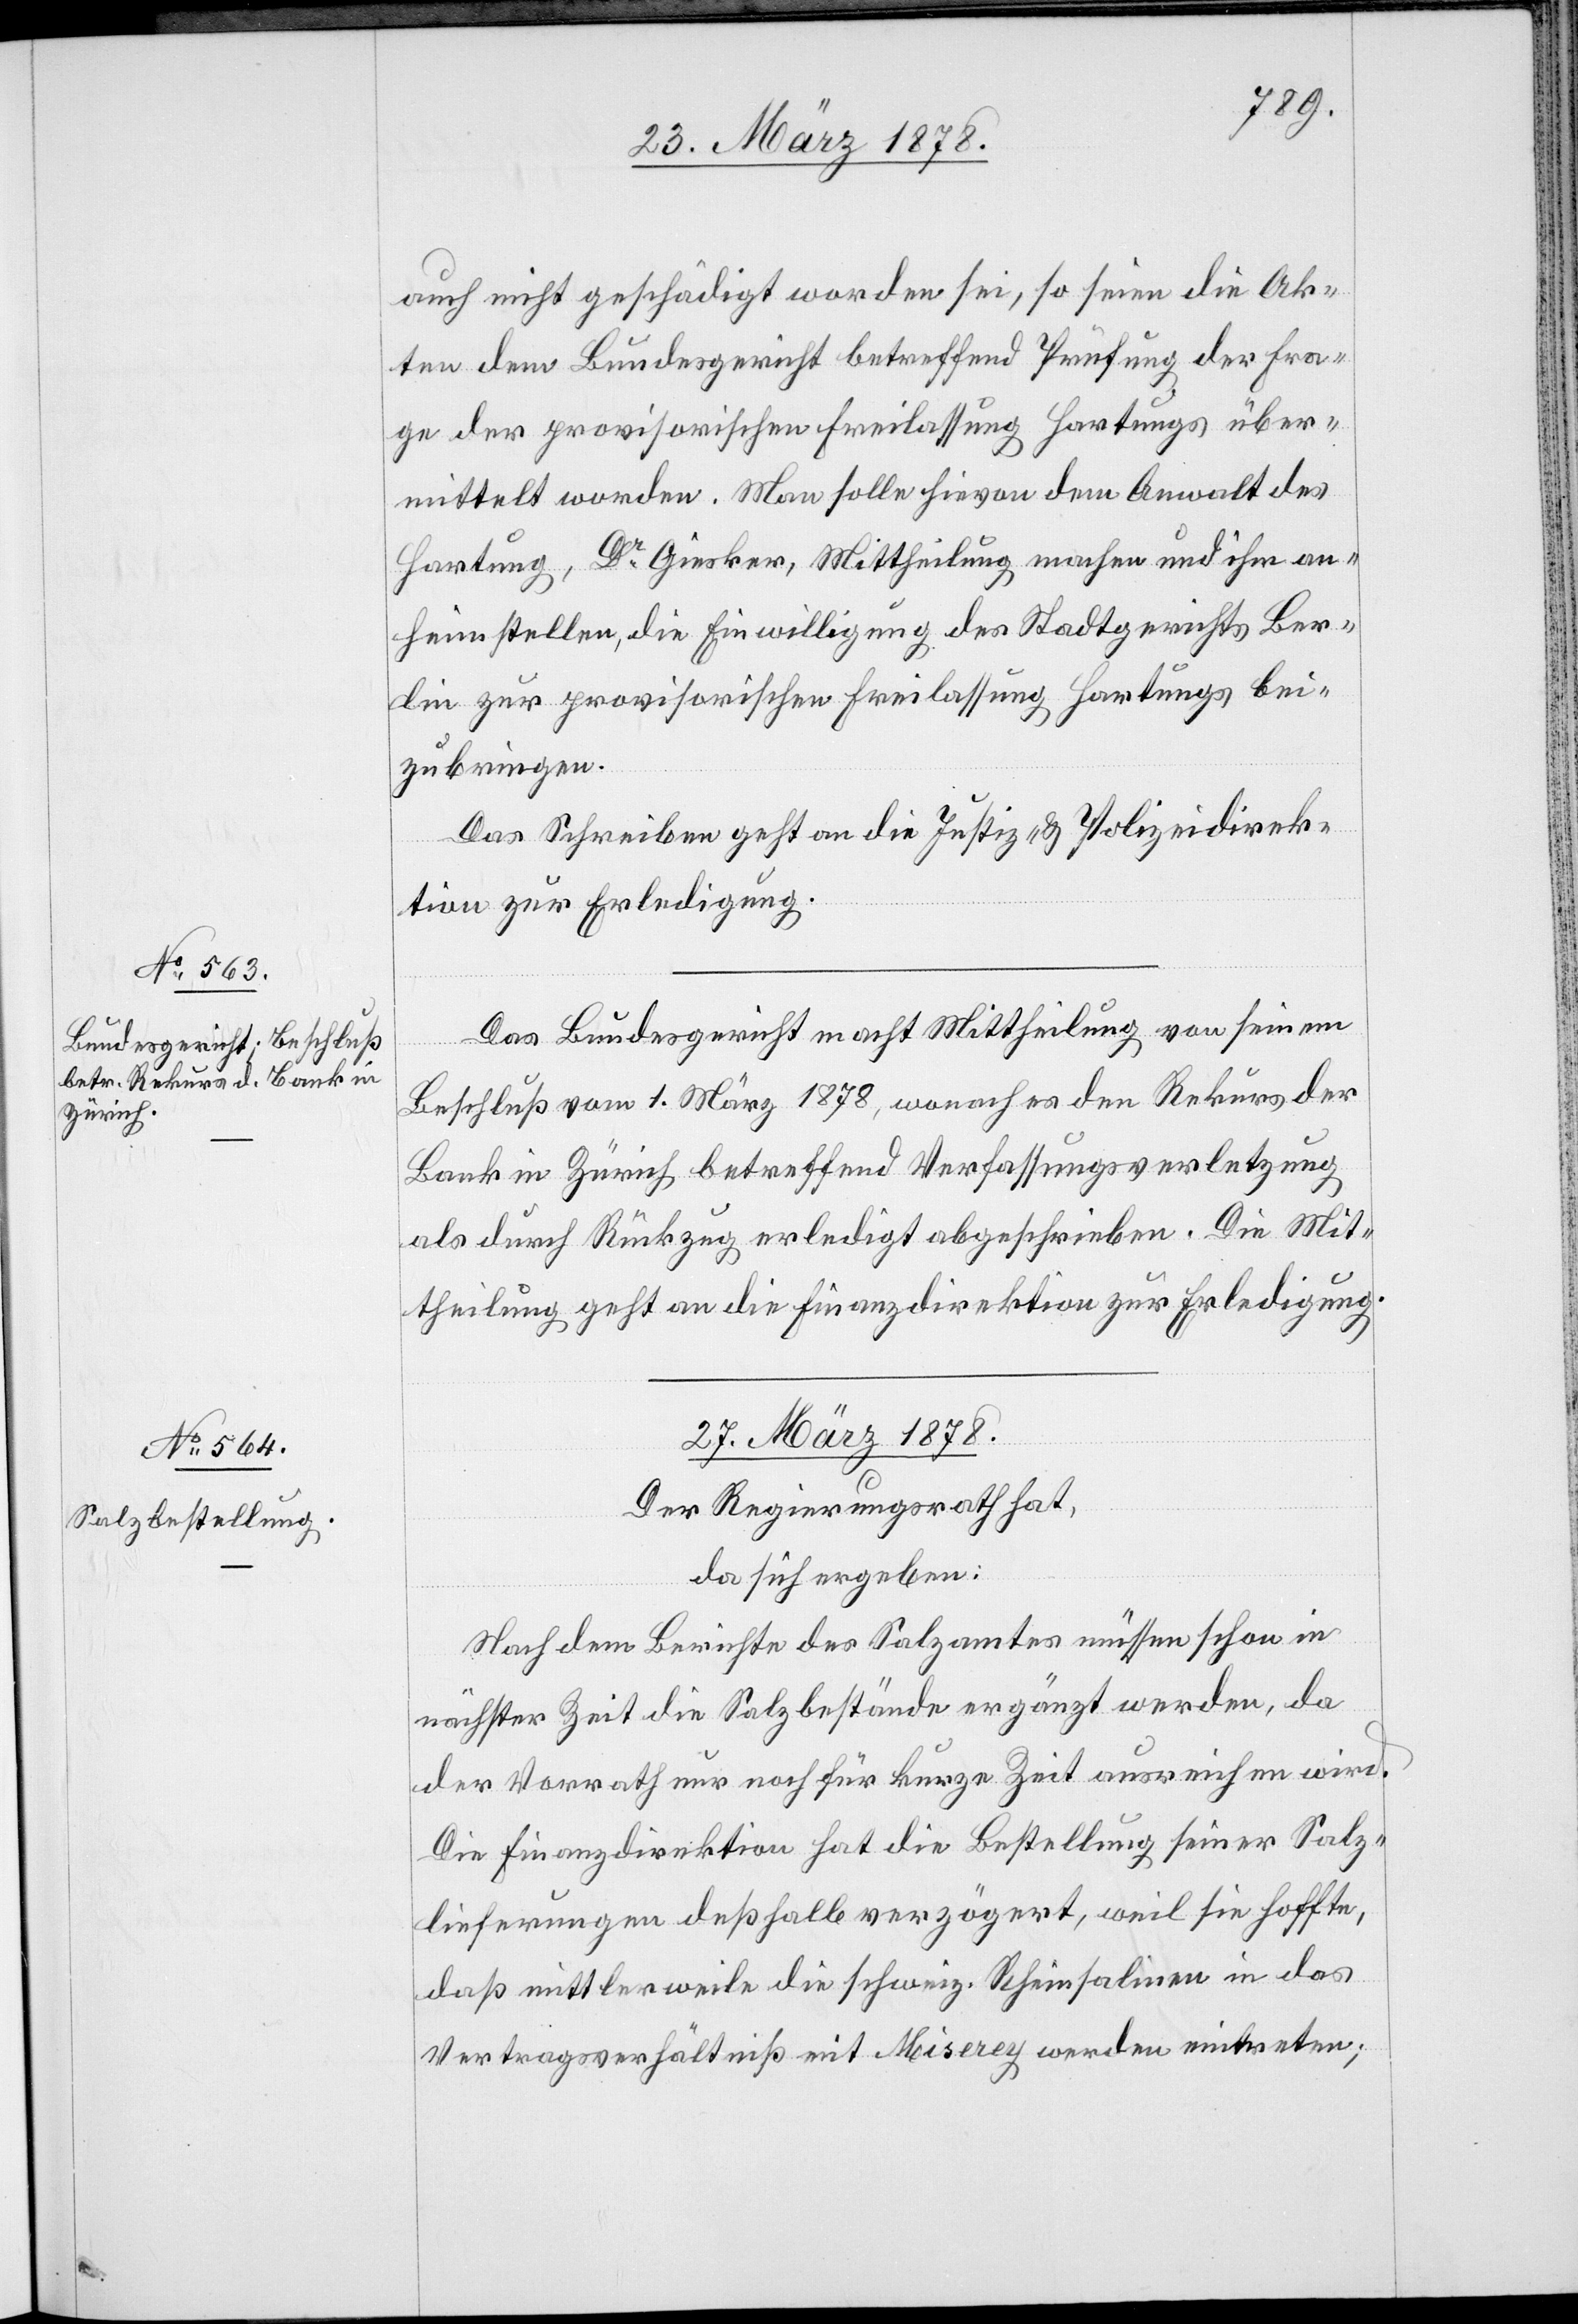
auch nicht geschädigt worden sei, so seien die Ak¬
ten dem Bundesgericht betreffend Prüfung der Fra¬
ge der provisorischen Freilassung Hartungs über¬
mittelt worden. Man solle hievon dem Anwalt des
Hartung, Dr Giesker, Mittheilung machen und ihm an¬
heimstellen, die Einwilligung des Stadtgerichts Ber¬
lin zur provisorischen Freilassung Hartungs bei¬
zubringen.
Das Schreiben geht an die Justiz- & Polizeidirek¬
tion zur Erledigung.
Das Bundesgericht macht Mittheilung von seinem
Beschluß vom 1. März 1878, wonach es den Rekurs der
Bank in Zürich betreffend Verfassungsverletzung
als durch Rückzug erledigt abgeschrieben. Die Mit¬
theilung geht an die Finanzdirektion zur Erledigung.
27. März 1878.
Der Regierungsrath hat,
da sich ergeben:
Nach dem Berichte des Salzamtes müssen schon in
nächster Zeit die Salzbestände ergänzt werden, da
der Vorrath nur noch für kurze Zeit ausreichen wird.
Die Finanzdirektion hat die Bestellung seiner Salz¬
lieferungen deßhalb verzögert, weil sie hoffte,
daß mittlerweile die schweiz. Rheinsalinen in das
Vertragsverhältniß mit Miserey werden eintreten;